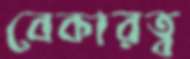
বেকারত্ব